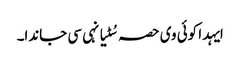
ایہدا کوئی وی حصہ سُٹیا نہی سی جاندا۔